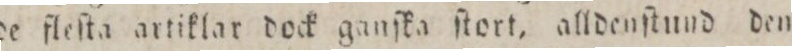
de fleſta artiklar dock ganſka ſtort, alldenſtund den